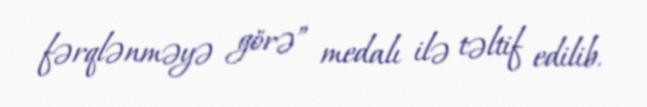
fərqlənməyə görə” medalı ilə təltif edilib.